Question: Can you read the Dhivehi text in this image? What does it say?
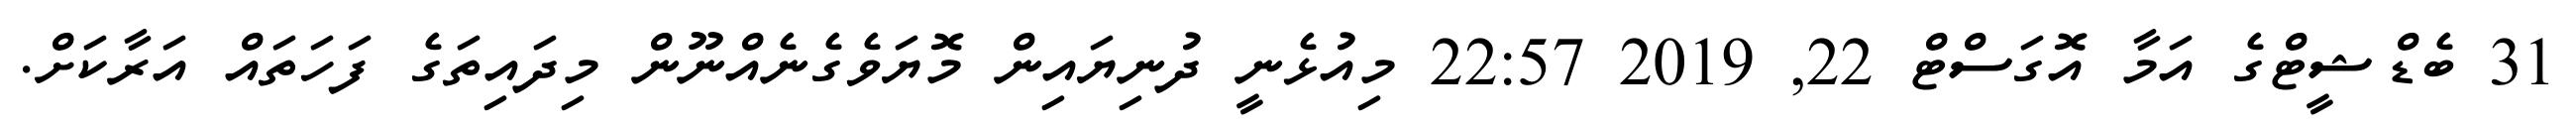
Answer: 31 ބެޑްޝީޓްގެ އަމާ އޮގަސްޓް 22, 2019 22:57 މިއުޅެނީ ދުނިޔައިން މޮޔަވެގެނެއްނޫން މިދައިތަގެ ފަހަތައް އަރާކަށް.